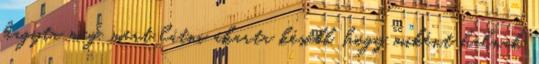
hagyta meg, mert látni akarta később, hogy miként halnak